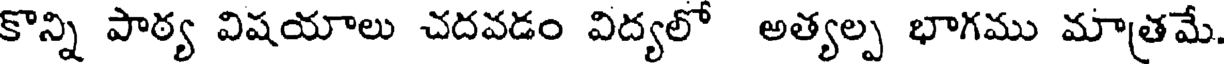
కొన్ని పాఠ్య విషయాలు చదవడం విద్యలో అత్యల్ప భాగము మాత్రమే.